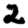
Digit: 2